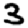
Digit: 3